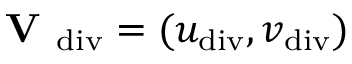
\textbf { V } _ { \mathrm { d i v } } = ( u _ { \mathrm { d i v } } , v _ { \mathrm { d i v } } )